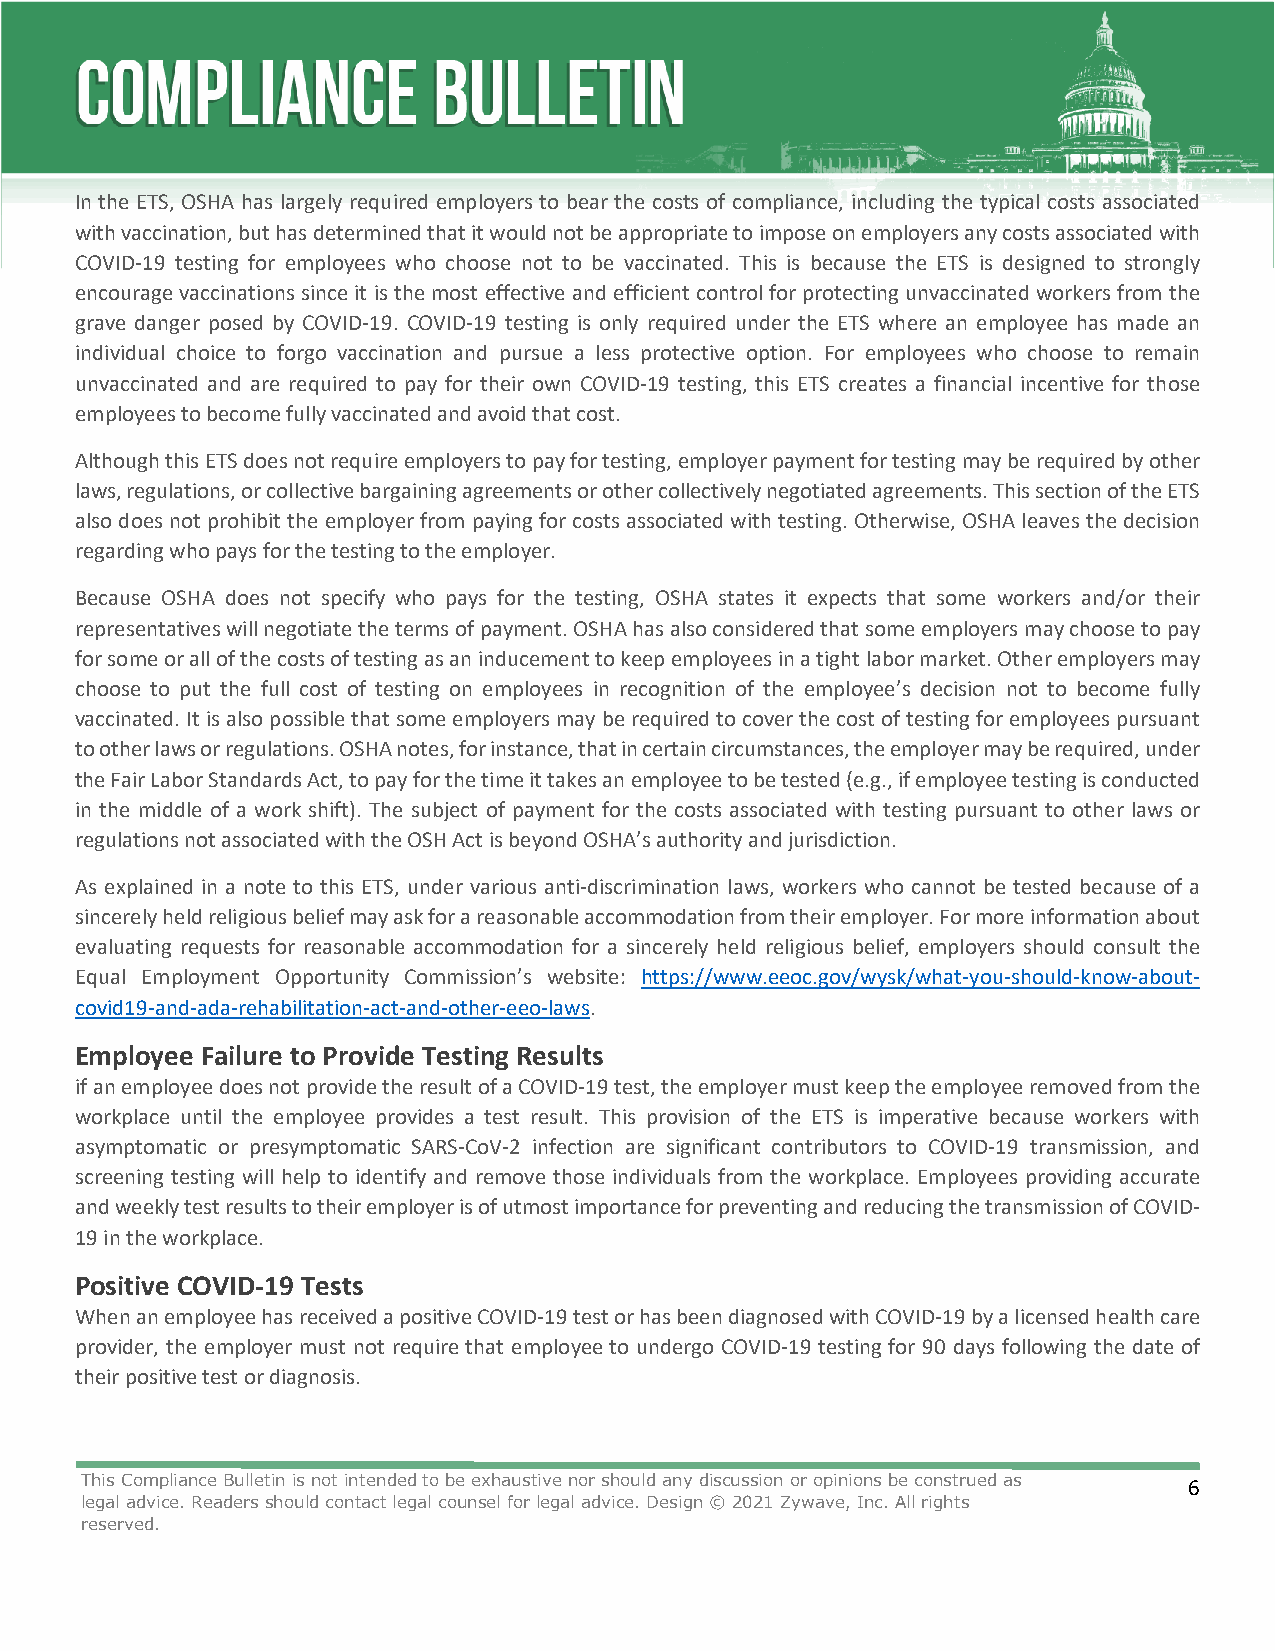
In the ETS, OSHA has largely required employers to bear the costs of compliance, including the typical costs associated
 with vaccination, but has determined that it would not be appropriate to impose on employers any costs associated with
 COVID-19 testing for employees who choose not to be vaccinated. This is because the ETS is designed to strongly
 encourage vaccinations since it is the most effective and efficient control for protecting unvaccinated workers from the
 grave danger posed by COVID-19. COVID-19 testing is only required under the ETS where an employee has made an
 individual choice to forgo vaccination and pursue a less protective option. For employees who choose to remain
 unvaccinated and are required to pay for their own COVID-19 testing, this ETS creates a financial incentive for those
 employees to become fully vaccinated and avoid that cost.
 Although this ETS does not require employers to pay for testing, employer payment for testing may be required by other
 laws, regulations, or collective bargaining agreements or other collectively negotiated agreements. This section of the ETS
 also does not prohibit the employer from paying for costs associated with testing. Otherwise, OSHA leaves the decision
 regarding who pays for the testing to the employer.
 Because OSHA does not specify who pays for the testing, OSHA states it expects that some workers and/or their
 representatives will negotiate the terms of payment. OSHA has also considered that some employers may choose to pay
 for some or all of the costs of testing as an inducement to keep employees in a tight labor market. Other employers may
 choose to put the full cost of testing on employees in recognition of the employee’s decision not to become fully
 vaccinated. It is also possible that some employers may be required to cover the cost of testing for employees pursuant
 to other laws or regulations. OSHA notes, for instance, that in certain circumstances, the employer may be required, under
 the Fair Labor Standards Act, to pay for the time it takes an employee to be tested (e.g., if employee testing is conducted
 in the middle of a work shift). The subject of payment for the costs associated with testing pursuant to other laws or
 regulations not associated with the OSH Act is beyond OSHA’s authority and jurisdiction.
 As explained in a note to this ETS, under various anti-discrimination laws, workers who cannot be tested because of a
 sincerely held religious belief may ask for a reasonable accommodation from their employer. For more information about
 evaluating requests for reasonable accommodation for a sincerely held religious belief, employers should consult the
 Equal Employment Opportunity Commission’s website: https://www.eeoc.gov/wysk/what-you-should-know-about-
 covid19-and-ada-rehabilitation-act-and-other-eeo-laws.
 Employee Failure to Provide Testing Results
 if an employee does not provide the result of a COVID-19 test, the employer must keep the employee removed from the
 workplace until the employee provides a test result. This provision of the ETS is imperative because workers with
 asymptomatic or presymptomatic SARS-CoV-2 infection are significant contributors to COVID-19 transmission, and
 screening testing will help to identify and remove those individuals from the workplace. Employees providing accurate
 and weekly test results to their employer is of utmost importance for preventing and reducing the transmission of COVID-
 19 in the workplace.
 Positive COVID-19 Tests
 When an employee has received a positive COVID-19 test or has been diagnosed with COVID-19 by a licensed health care
 provider, the employer must not require that employee to undergo COVID-19 testing for 90 days following the date of
 their positive test or diagnosis.
 This Compliance Bulletin is not intended to be exhaustive nor should any discussion or opinions be construed as 6
 legal advice. Readers should contact legal counsel for legal advice. Design © 2021 Zywave, Inc. All rights
 reserved.